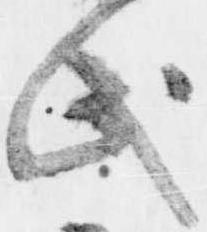
氏